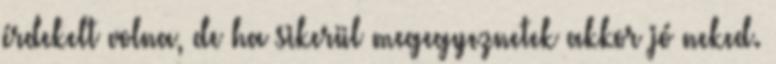
érdekelt volna, de ha sikerül megegyeznetek akkor jó neked.